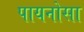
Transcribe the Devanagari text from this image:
पायनोसा